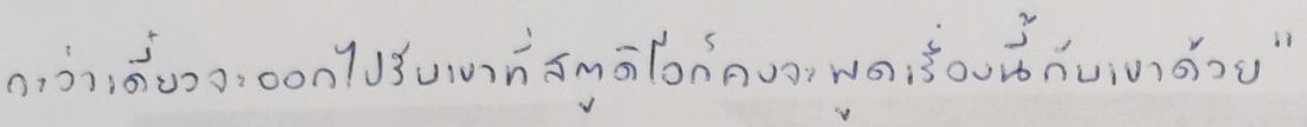
กะว่าเดี๋ยวจะออกไปรับเขาที่สตูดิโอก็คงจะพูดเรื่องนี้กับเขาด้วย"